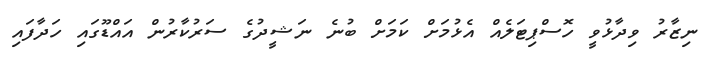
ނިޒާރު ވިދާޅުވީ ހޮސްޕިޓަލެއް އެޅުމަށް ކަމަށް ބުނެ ނަޝީދުގެ ސަރުކާރުން އައްޑޫގައި ހަދާފައި